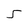
Character: 5